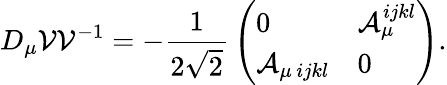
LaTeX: D_{\mu}{\cal V}{\cal V}^{-1}=-{\frac{1}{2\sqrt 2}}\left(\begin{array}{ll}{{0}}&{{{\cal A}_{\mu}^{ijkl}}}\\ {{{\cal A}_{\mu\, ijkl}}}&{{0}}\end{array}\right).